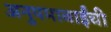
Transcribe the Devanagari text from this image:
अनुपमाबाईंची